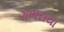
ગભરાયા